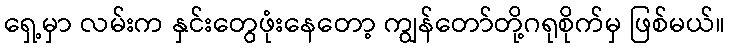
ရှေ့မှာ လမ်းက နှင်းတွေဖုံးနေတော့ ကျွန်တော်တို့ဂရုစိုက်မှ ဖြစ်မယ်။